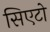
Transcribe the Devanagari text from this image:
सिएटो